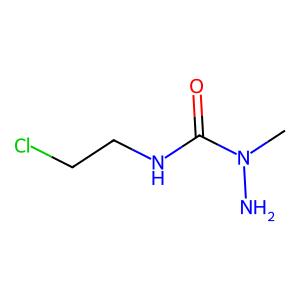
SMILES: CN(N)C(=O)NCCCl
Inhibits HIV replication: No